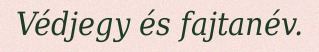
Védjegy és fajtanév.